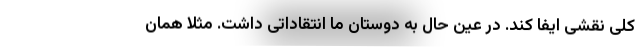
کلی نقشی ایفا کند. در عین حال به دوستان ما انتقاداتی داشت. مثلا همان